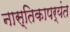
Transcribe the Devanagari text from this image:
नास्तिकापर्यंत